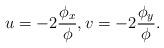
LaTeX: \begin{align*}u=-2\frac{\phi_x}\phi,v=-2\frac{\phi_y}\phi.\end{align*}